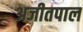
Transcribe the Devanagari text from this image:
अजीतपाल